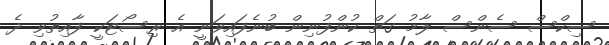
ސިކްސް ސެންސް ލާމު ގަތް ކުންފުނިން ބުނެފައިވަނީ އެ ރިސޯޓަކީ ފާއިތުވި ދެ